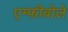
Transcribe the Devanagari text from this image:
एम्फीबोले